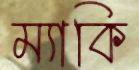
ম্যাকি